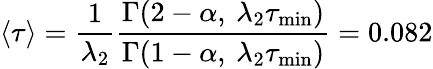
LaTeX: \langle\tau\rangle=\frac{1}{\lambda_{2}}\frac{\Gamma(2-\alpha,\: \lambda_{2}\tau_{\mathrm{min}})}{\Gamma(1-\alpha,\: \lambda_{2}\tau_{\mathrm{min}})}=0.082